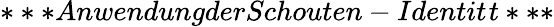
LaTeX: ***AnwendungderSchouten-Identit^{}t***